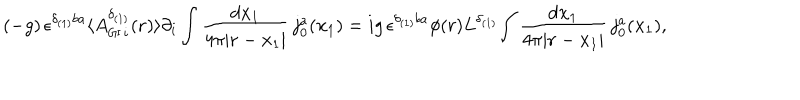
( - g ) \, { \epsilon } ^ { { \delta } _ { ( 1 ) } b a } \langle { A _ { { \sf G I } \, i } ^ { { \delta } _ { ( 1 ) } } ( { \bf { r } } ) \rangle \partial _ { i } \int \frac { d { \bf x } _ { 1 } } { 4 { \pi } | { \bf r } - { \bf x } _ { 1 } | } \, j _ { 0 } ^ { a } ( { { \bf x } _ { 1 } } } ) = i g \, { \epsilon } ^ { { \delta } _ { ( 1 ) } b a } { \phi } ( r ) L ^ { { \delta } _ { ( 1 ) } } { \int \frac { d { \bf x } _ { 1 } } { 4 { \pi } | { \bf r } - { \bf x } _ { 1 } | } \, j _ { 0 } ^ { a } ( { { \bf x } _ { 1 } } } ) ,